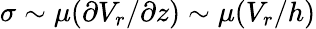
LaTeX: \sigma\sim\mu(\partial V_{r}/\partial z)\sim\mu(V_{r}/h)